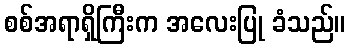
စစ်အရာရှိကြီးက အလေးပြု ခံသည်။